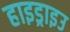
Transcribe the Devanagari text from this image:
हाइड्राइउ